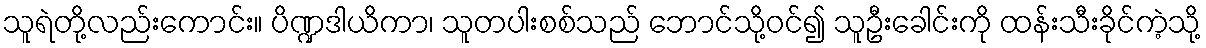
သူရဲတို့လည်းကောင်း။ ပိဏ္ဍဒါယိကာ၊ သူတပါးစစ်သည် ဘောင်သို့ဝင်၍ သူဦးခေါင်းကို ထန်းသီးခိုင်ကဲ့သို့